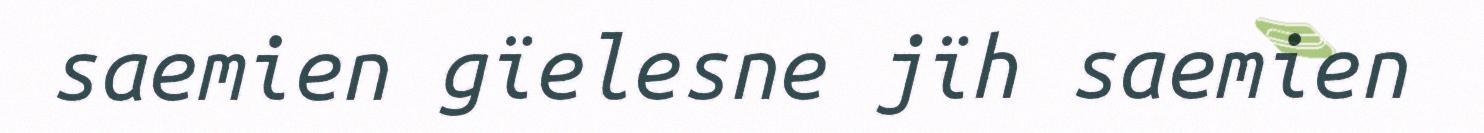
saemien gïelesne jïh saemien